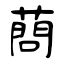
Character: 蔄